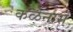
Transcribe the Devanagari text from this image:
कळेनासे